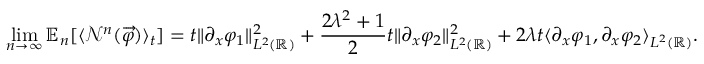
\operatorname* { l i m } _ { n \to \infty } \mathbb { E } _ { n } [ \langle \mathcal { N } ^ { n } ( \overrightarrow { \varphi } ) \rangle _ { t } ] = t \| \partial _ { x } \varphi _ { 1 } \| _ { L ^ { 2 } ( \mathbb { R } ) } ^ { 2 } + \frac { 2 \lambda ^ { 2 } + 1 } { 2 } t \| \partial _ { x } \varphi _ { 2 } \| _ { L ^ { 2 } ( \mathbb { R } ) } ^ { 2 } + 2 \lambda t \langle \partial _ { x } \varphi _ { 1 } , \partial _ { x } \varphi _ { 2 } \rangle _ { L ^ { 2 } ( \mathbb { R } ) } .